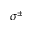
\sigma ^ { \pm }